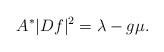
LaTeX: \begin{align*}A^*|Df|^2 =\lambda -g\mu.\end{align*}